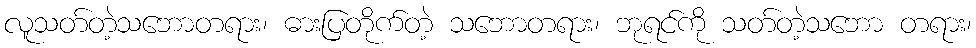
လူသတ်တဲ့သဘောတရား၊ ဓားပြတိုက်တဲ့ သဘောတရား၊ ဘုရင်ကို သတ်တဲ့သဘော တရား၊